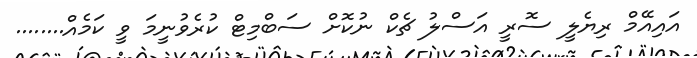
އައިއޭމް ރިޔެލީ ސޮރީ އަސްލު ޗެކް ނުކޮށް ސަބްމިޓް ކުރެވުނީމަ ވީ ކަމެއް........